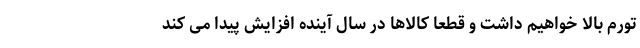
تورم بالا خواهیم داشت و قطعا کالاها در سال آینده افزایش پیدا می کند